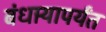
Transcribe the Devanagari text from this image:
बंधार्‍यापर्यंत